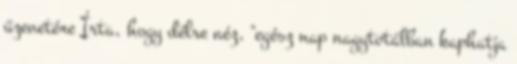
üzenetére Írta, hogy délre néz, "egész nap nagytotálban kaphatja